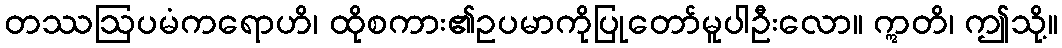
တဿဩပမံကရောဟိ၊ ထိုစကား၏ဥပမာကိုပြုတော်မူပါဦးလော။ ဣတိ၊ ဤသို့။